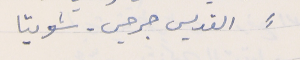
⸗        القديس جرجس - شويتا